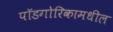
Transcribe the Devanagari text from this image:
पॉडगोरिकामधील